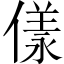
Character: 𠍵